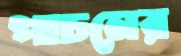
পাচনের